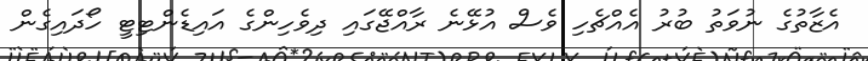
އެޒާތުގެ ނުވަތު ބުރު އެއްޗެހި ވެސް އުޅޭނެ ރާއްޖޭގައި ދިވެހިންގެ އައިޑެންޓިޓީ ހޯދައިގެން